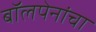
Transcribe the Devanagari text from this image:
बॉलपेनांचा